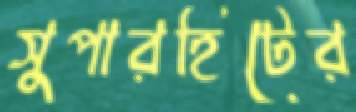
সুপারহিটের